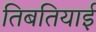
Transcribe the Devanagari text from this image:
तिबतियाई